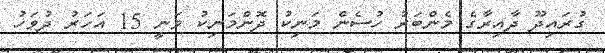
ގުރައިދޫ ދާއިރާގެ މެންބަރު ހުސެން މަނިކު ދޮންމަނިކު ވަނީ 15 އަހަރު ދުވަހު